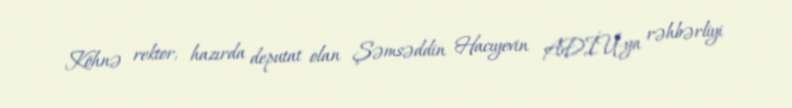
Köhnə rektor, hazırda deputat olan Şəmsəddin Hacıyevin ADİU-ya rəhbərliyi